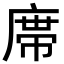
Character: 鿮